Lunatic asylums Punjab 1881-1894 - 1881-1894
Year: 1881
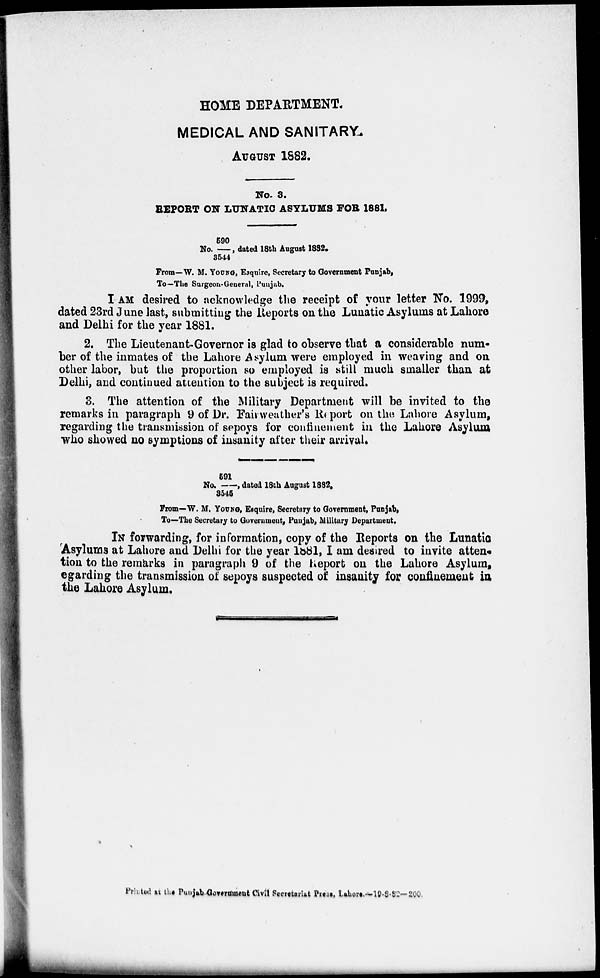
HOME DEPARTMENT.
MEDICAL AND SANITARY.
AUGUST 1882.
No. 3.
REPORT ON LUNATIC ASYLUMS FOR 1881.
No.590/3544 , dated 18th August 1882.
From—W. M. YOUNG, Esquire, Secretary to Government Punjab,
To—The Surgeon-General, Punjab.
I AM desired to acknowledge the receipt of your letter No. 1999,
dated 23rd June last, submitting the Reports on the Lunatic Asylums at Lahore
and Delhi for the year 1881.
2. The Lieutenant-Governor is glad to observe that a considerable num-
ber of the inmates of the Lahore Asylum were employed in weaving and on
other labor, but the proportion so employed is still much smaller than at
Delhi, and continued attention to the subject is required.
3. The attention of the Military Department will be invited to the
remarks in paragraph 9 of Dr. Fairweather's Report on the Lahore Asylum,
regarding the transmission of sepoys for confinement in the Lahore Asylum
who showed no symptions of insanity after their
arrival.
No.591/3545, dated 18th August
1882.
From—W. M. YOUNG, Esquire, Secretary to Government, Punjab,
To—The Secretary to Government, Punjab, Military Department.
IN forwarding, for information, copy of the Reports on the Lunatic
Asylums at Lahore and Delhi for the year 1881, I am desired to invite atten-
tion to the remarks in paragraph 9 of the Report on the Lahore Asylum,
egarding the transmission of sepoys suspected of insanity for confinement in
the Lahore Asylum.
Printed at the Punjab Government Civil Secretariat Press, Lahore.—19-8-82—200.